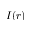
I ( r )